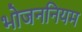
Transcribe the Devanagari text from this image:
भोजननियम